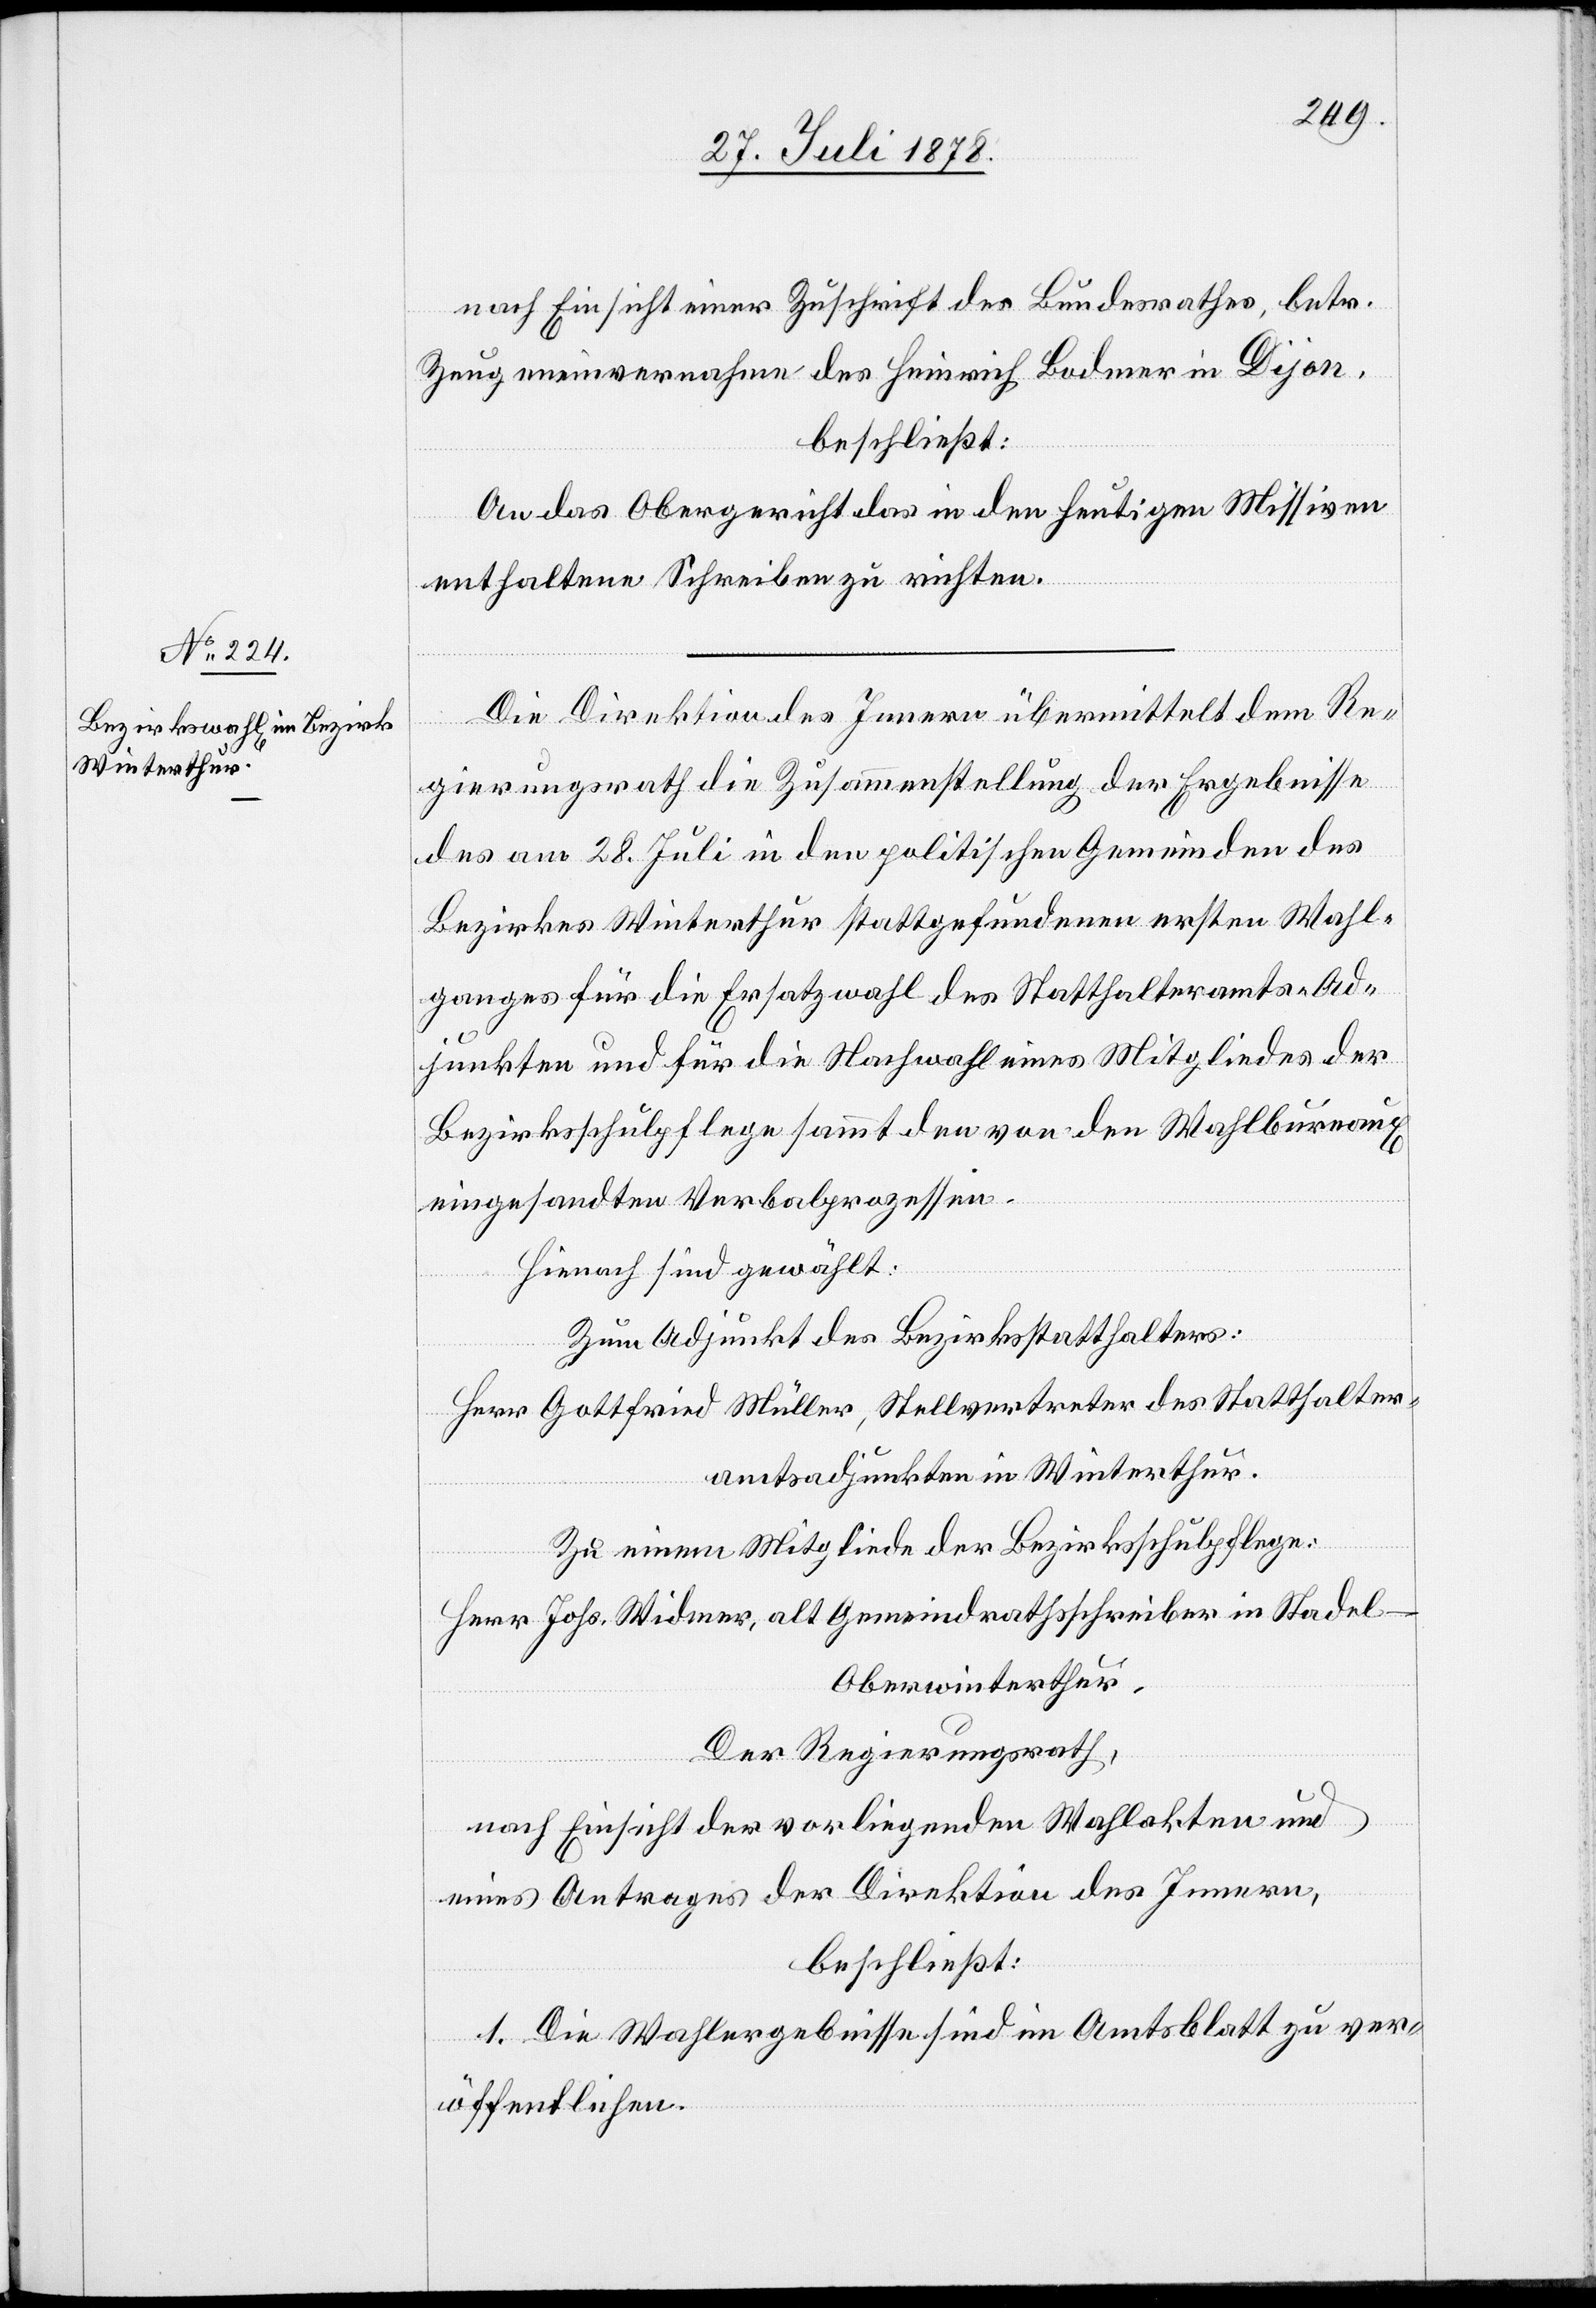
31. Juli 1878.]
nach Einsicht einer Zuschrift des Bundesrathes, betr.
Zeugeneinvernahme des Heinrich Bodmer in Dijon,
beschließt:
An das Obergericht das in den heutigen Missiven
enthaltene Schreiben zu richten.
Die Direktion des Innern übermittelt dem Re¬
gierungsrath die Zusammenstellung der Ergebnisse
des am 28. Juli in den politischen Gemeinden des
Bezirkes Winterthur stattgefundenen ersten Wahl¬
ganges für die Ersatzwahl des Statthalteramts-Ad¬
junkten und für die Nachwahl eines Mitgliedes der
Bezirksschulpflege sammt den von den Wahlbureaux
eingesandten Verbalprozessen.
Hienach sind gewählt:
Zum Adjunkt des Bezirksstatthalters:
Herr Gottfried Müller, Stellvertreter des Statthalter¬
amtsadjunkten in Winterthur.
Zu einem Mitgliede der Bezirksschulpflege:
Herr Johs. Widmer, alt Gemeindrathsschreiber in Stadel
Oberwinterthur.
Der Regierungsrath,
nach Einsicht der vorliegenden Wahlakten und
eines Antrages der Direktion des Innern,
beschließt:
1. Die Wahlergebnisse sind im Amtsblatt zu ver¬
öffentlichen.